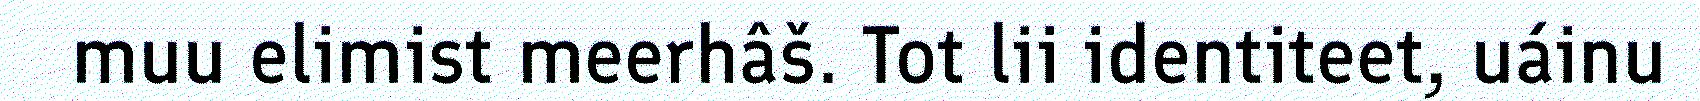
muu elimist meerhâš. Tot lii identiteet, uáinu